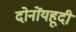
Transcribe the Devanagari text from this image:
दोनोंयहूदी